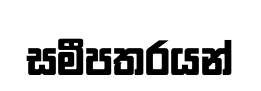
සමීපතරයන්